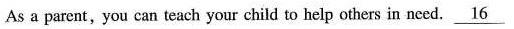
As a parent, you can teach your child to help others in need. \underline{16}